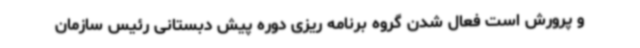
و پرورش است فعال شدن گروه برنامه ریزی دوره پیش دبستانی رئیس سازمان